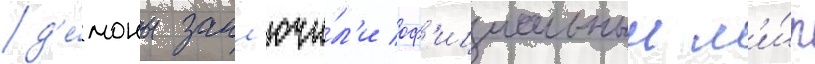
д'е́моны закл'ючи́л'и оф'ициальныи м'и́р